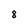
Character: 8